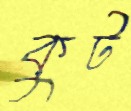
কুট